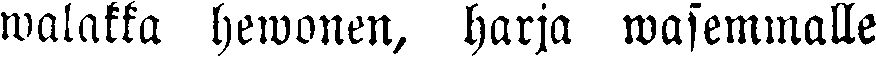
walakka hewonen, harja wasemmalle